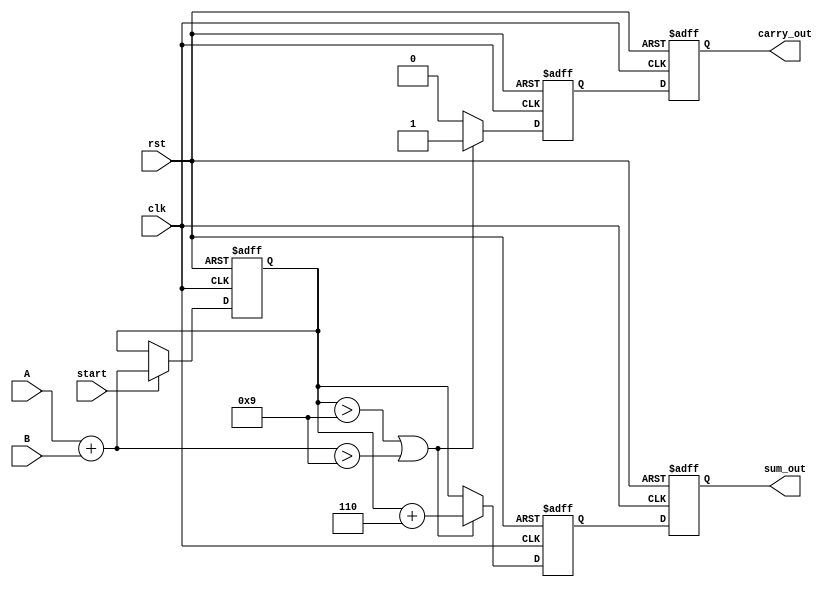
module BCD_Pipelined_Adder (
    input wire clk,
    input wire rst,
    input wire start,
    input wire [3:0] A,
    input wire [3:0] B,
    output reg [3:0] sum_out,
    output reg carry_out
);

    // Internal signals
    reg [3:0] stage1_sum;
    reg [3:0] stage2_sum;
    reg stage2_carry;
    
    // Stage 1: Input capture and initial addition
    always @(posedge clk or posedge rst) begin
        if (rst) begin
            stage1_sum <= 4'b0000;
        end else if (start) begin
            stage1_sum <= A + B; // Perform binary addition
        end
    end

    // Stage 2: BCD correction logic
    always @(posedge clk or posedge rst) begin
        if (rst) begin
            stage2_sum <= 4'b0000;
            stage2_carry <= 1'b0;
        end else begin
            if (stage1_sum > 4'b1001 || (A + B) > 4'b1001) begin
                stage2_sum <= stage1_sum + 4'b0110; // Add 6 for BCD correction
                stage2_carry <= 1'b1; // Set carry if correction is applied
            end else begin
                stage2_sum <= stage1_sum;
                stage2_carry <= 1'b0; // No carry
            end
        end
    end

    // Stage 3: Output generation
    always @(posedge clk or posedge rst) begin
        if (rst) begin
            sum_out <= 4'b0000;
            carry_out <= 1'b0;
        end else begin
            sum_out <= stage2_sum; // Output the corrected sum
            carry_out <= stage2_carry; // Output carry
        end
    end

endmodule